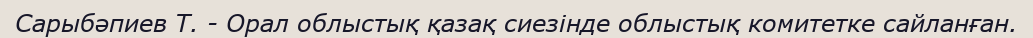
Сарыбәпиев Т. - Орал облыстық қазақ сиезінде облыстық комитетке сайланған.